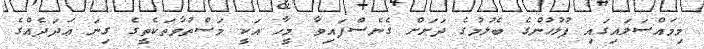
މިމައްސަލައިގައި ފުލުހުންގެ ބެލުމުގެ ދަށަށް ގެނެސްފައިވާ މީހާ އަކީ މަސްތުވާތަކެތީގެ ގިނަ ޢަދަދެއްގެ